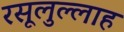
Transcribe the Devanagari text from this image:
रसूलुल्‍लाह